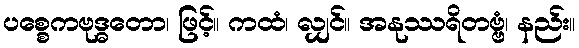
ပစ္စေကဗုဒ္ဓတော၊ ဖြင့်။ ကထံ၊ လျှင်။ အနုဿရိတဗ္ဗံ၊ နည်း။